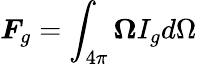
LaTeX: \boldsymbol{F}_{g}=\int_{4\pi}\boldsymbol{\Omega}I_{g}d\Omega